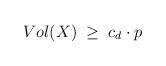
LaTeX: \begin{align*}Vol(X)\;\geq\;c_{d}\cdot p\end{align*}